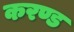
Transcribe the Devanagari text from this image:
करण्ड